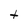
Character: t